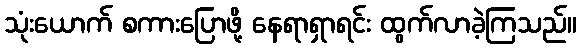
သုံးယောက် စကားပြောဖို့ နေရာရှာရင်း ထွက်လာခဲ့ကြသည်။